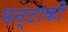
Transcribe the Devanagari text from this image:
भन्टाकी